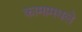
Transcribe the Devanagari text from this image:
कामामधले